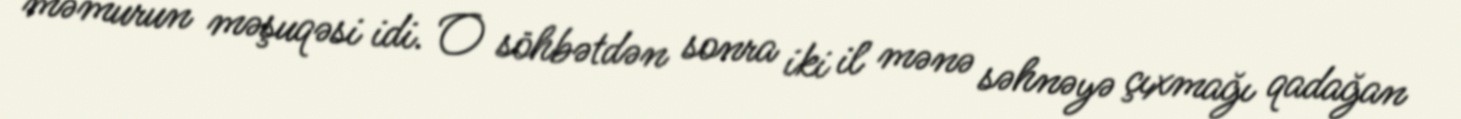
məmurun məşuqəsi idi. O söhbətdən sonra iki il mənə səhnəyə çıxmağı qadağan